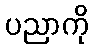
ပညာကို